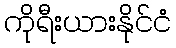
ကိုရီးယားနိုင်ငံ